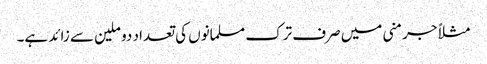
مثلاً جرمنی میں صرف ترک مسلمانوں کی تعداد دو ملین سے زائد ہے۔